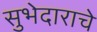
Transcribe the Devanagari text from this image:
सुभेदाराचे